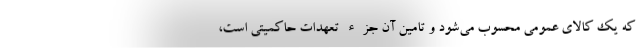
که یک کالای عمومی محسوب می‌شود و تامین آن جزء تعهدات حاکمیتی است،